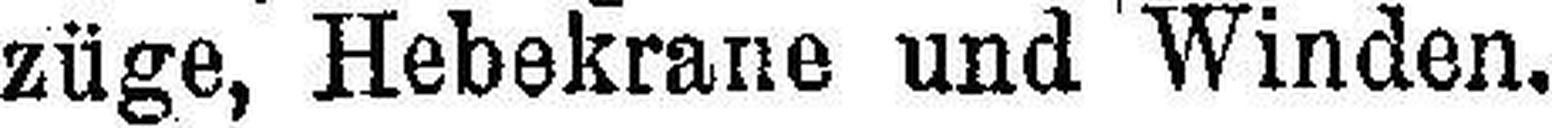
züge, Hebekrane und Winden.